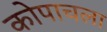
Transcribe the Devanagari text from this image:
कोपाचला